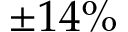
\pm 1 4 \%